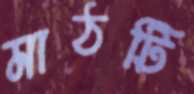
মাঠটি